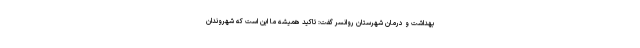
بهداشت و درمان شهرستان روانسر گفت: تاکید همیشه ما این است که شهروندان